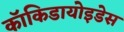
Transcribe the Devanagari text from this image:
कॉकिडायोइडेस